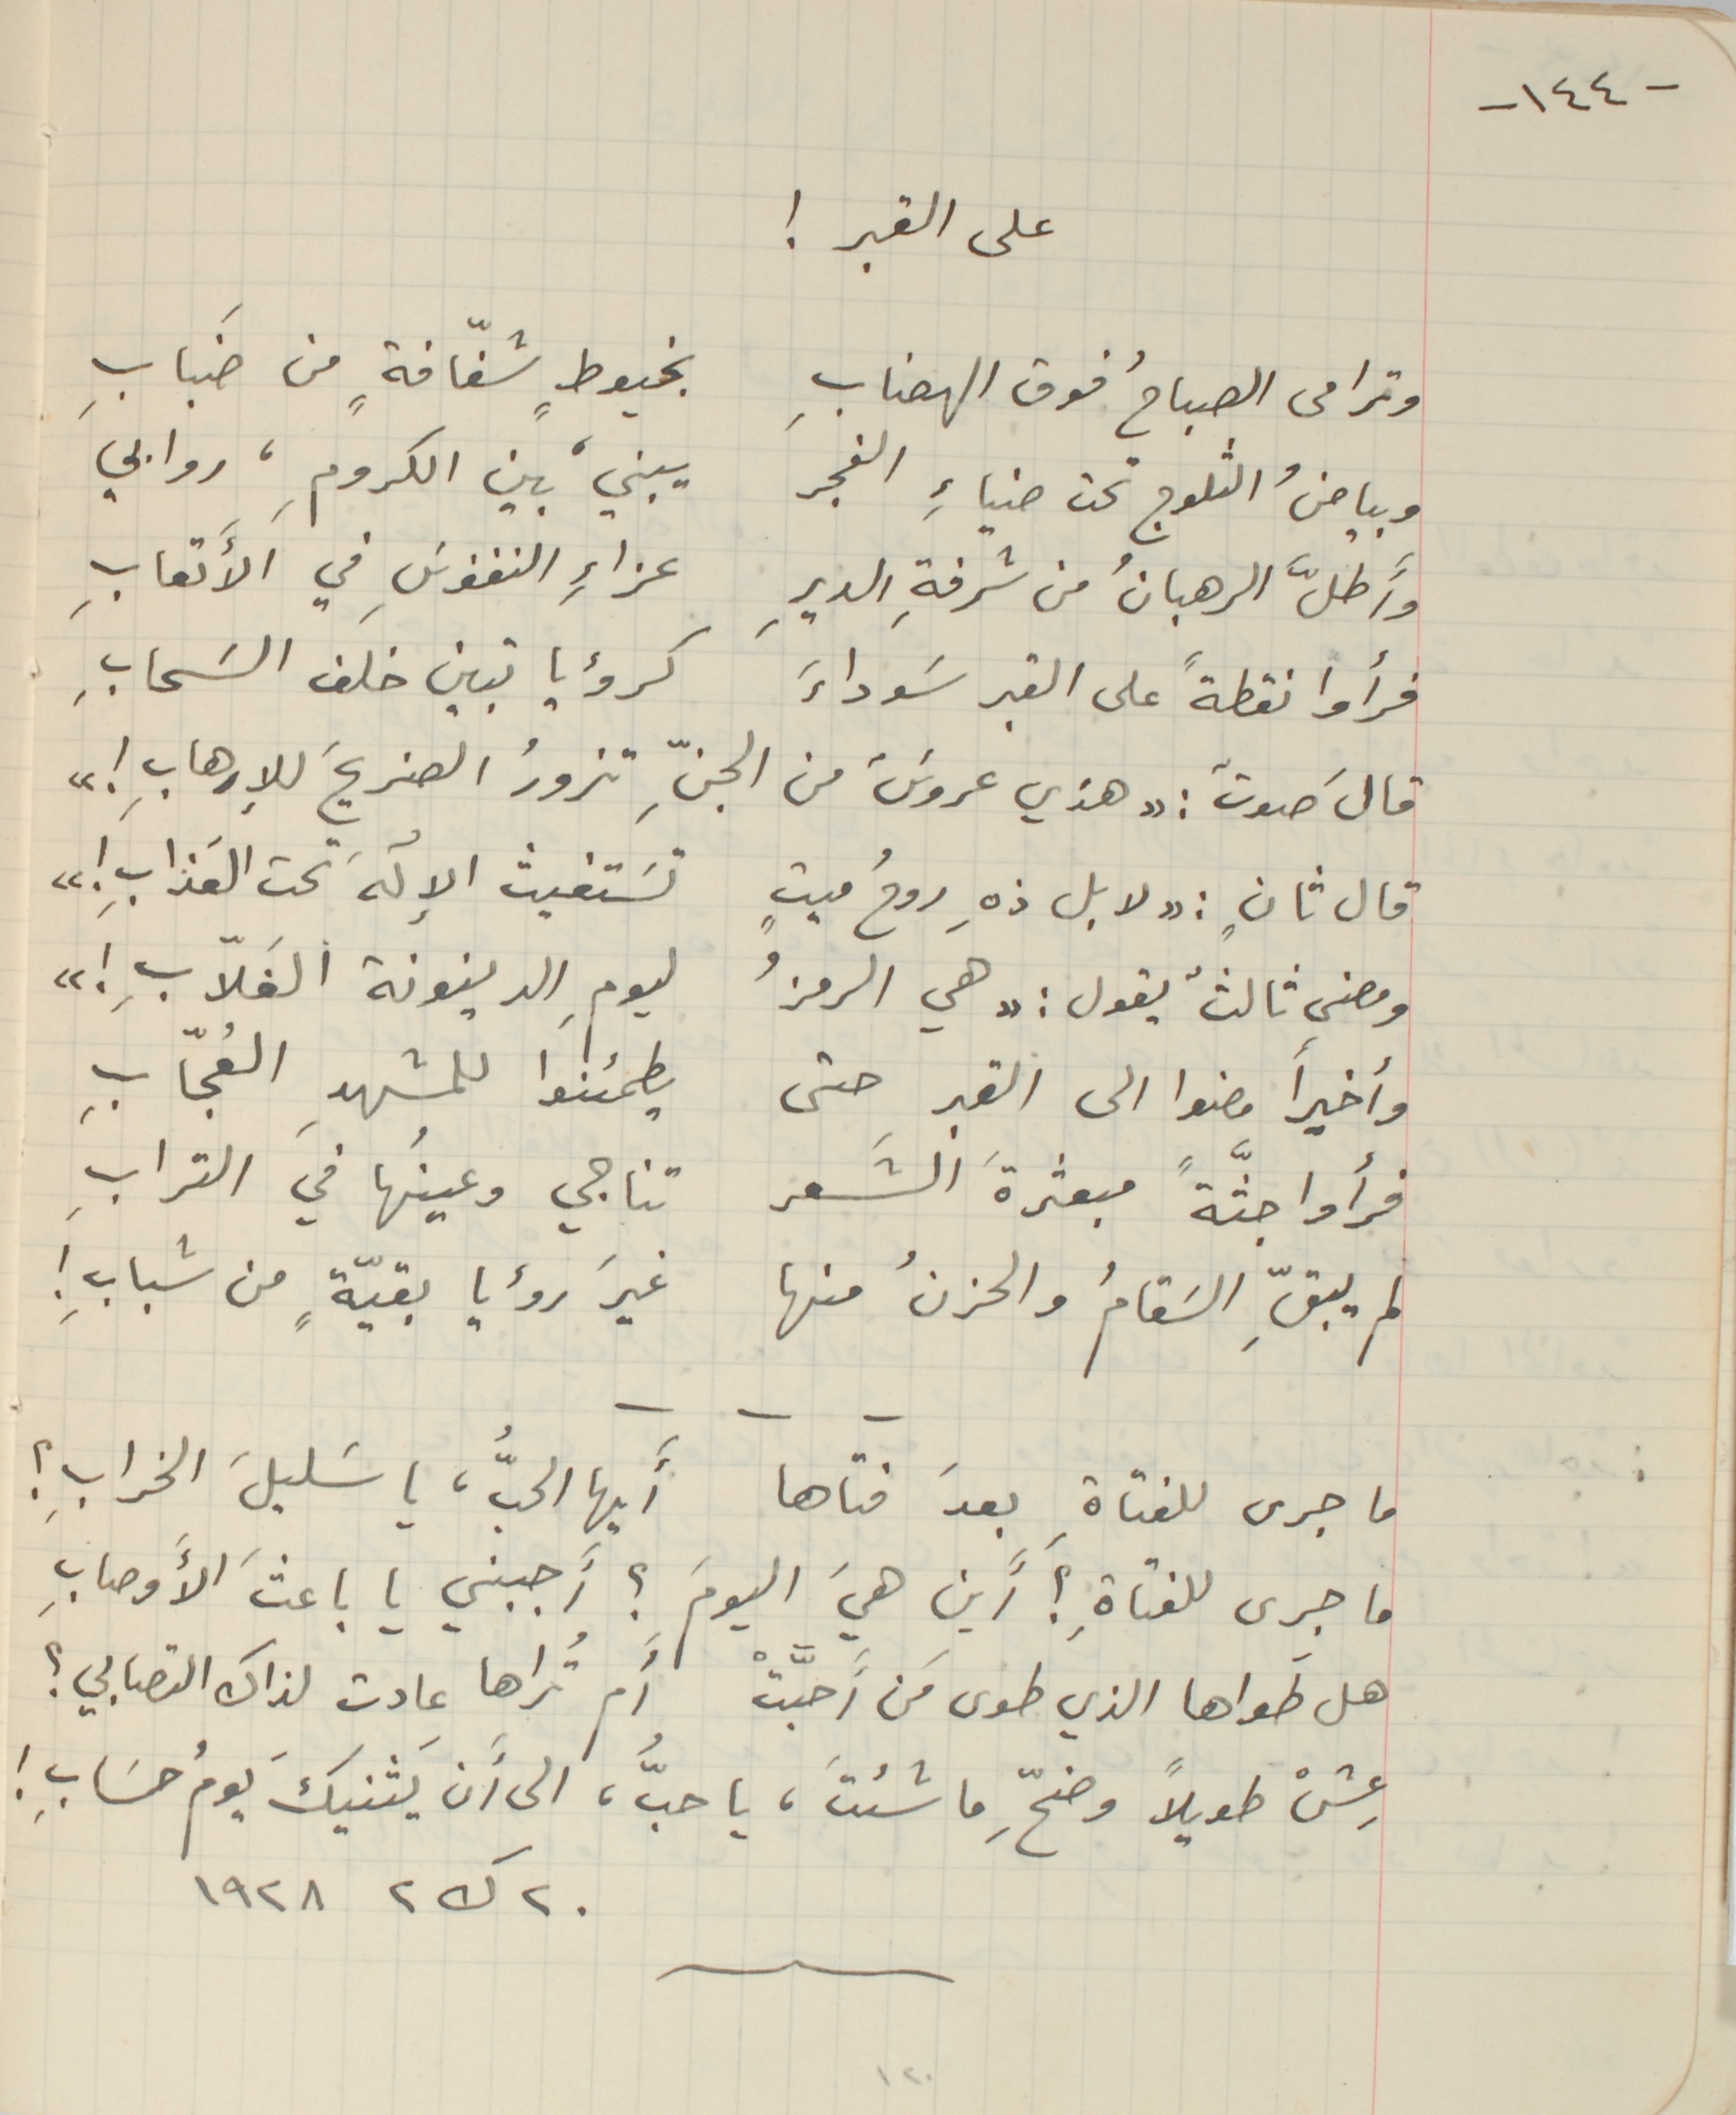
-١٤٤-
على القبر!
وترامى الصباحُ فوق الهضابِ بخيوطٍ شفافةٍ من ضَبابِ
وبياضُ الثلوج تحت ضنياءِ الفجر يبني، بين الكرومِ، روابي
وأَطلَّ الرهبانُ من شرفةِ الديرِ عزاءِ النفوسَِ في الأَتعابِ
فرأوا نقطةً على القبر سَوداءَ كرؤيا تبين خلف السَحابِ
قالَ صوتٌ: "هذي عروسٌَ من الجنِّ تزورُ الضريحَ للإرهابِ !"
قال ثانٍ: "لا بل ذهِ روحُ ميتٍ تسَتغيث الإلَهَ تحت العَذابِ!"
ومضى ثالثٌ يقول: " هي الرمزُ ليومِ الدينونة الغَلاّبِ !"
وأخيراً مضوا الى القبرِ حتى يطمئنوا للمشهدِ العُجّابِ
فرأوا جثَّةً مبعثرةَ الشَعر تناجي وعينُها في الترابِ
لم يبقِّ السَقامُ والحزنُ منها غيرَ رؤيا بقيّةٍ من شبابِ!
 ما جرى للفتاةِ بعدَ فتاها أَيها الحبُّ، يا سَليلَ الخرابِ؟
ما جرى للفتاةِ؟ أَين هيَ اليومَ؟ أَجبني يا باعثَ الأوصابِ
هل طَواها الذي طوى مَن أَحبَّتْ أَم تُراها عادت لذاك التصابي ؟
عِشْ طويلاً وضحِّ ما شئتَ، يا حبُّ، الى أَن يَثنيكَ يومُ حسَابِ!
٢٠ ك٢ ١٩٢٨
١٢٠